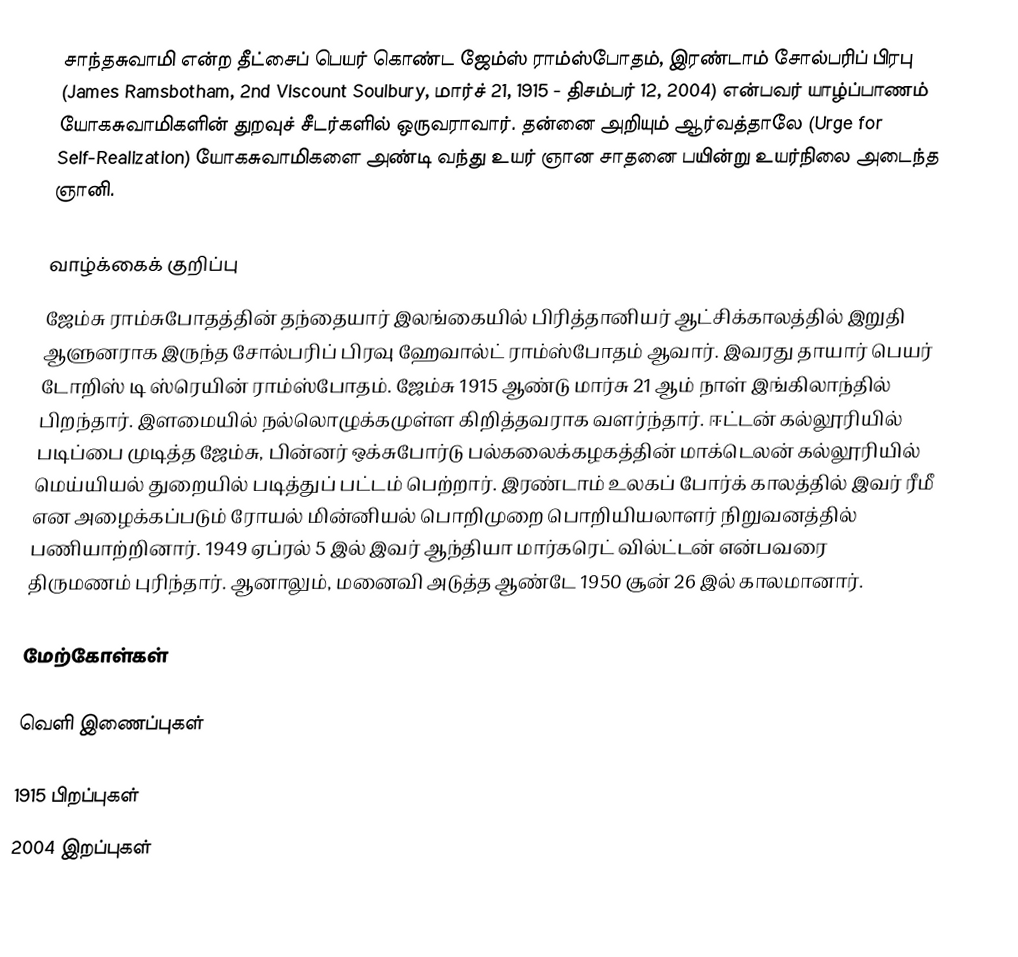
சாந்தசுவாமி என்ற தீட்சைப் பெயர் கொண்ட ஜேம்ஸ் ராம்ஸ்போதம், இரண்டாம் சோல்பரிப் பிரபு (James Ramsbotham, 2nd Viscount Soulbury, மார்ச் 21, 1915 - திசம்பர் 12, 2004) என்பவர் யாழ்ப்பாணம் யோகசுவாமிகளின் துறவுச் சீடர்களில் ஒருவராவார். தன்னை அறியும் ஆர்வத்தாலே (Urge for Self-Realization) யோகசுவாமிகளை அண்டி வந்து உயர் ஞான சாதனை பயின்று உயர்நிலை அடைந்த ஞானி.

வாழ்க்கைக் குறிப்பு
ஜேம்சு ராம்சுபோதத்தின் தந்தையார் இலங்கையில் பிரித்தானியர் ஆட்சிக்காலத்தில் இறுதி ஆளுனராக இருந்த சோல்பரிப் பிரவு ஹேவால்ட் ராம்ஸ்போதம் ஆவார். இவரது தாயார் பெயர் டோறிஸ் டி ஸ்ரெயின் ராம்ஸ்போதம். ஜேம்சு 1915 ஆண்டு மார்சு 21 ஆம் நாள் இங்கிலாந்தில் பிறந்தார். இளமையில் நல்லொழுக்கமுள்ள கிறித்தவராக வளர்ந்தார். ஈட்டன் கல்லூரியில் படிப்பை முடித்த ஜேம்சு, பின்னர் ஒக்சுபோர்டு பல்கலைக்கழகத்தின் மாக்டெலன் கல்லூரியில் மெய்யியல் துறையில் படித்துப் பட்டம் பெற்றார். இரண்டாம் உலகப் போர்க் காலத்தில் இவர் ரீமீ என அழைக்கப்படும் ரோயல் மின்னியல் பொறிமுறை பொறியியலாளர் நிறுவனத்தில் பணியாற்றினார். 1949 ஏப்ரல் 5 இல் இவர் ஆந்தியா மார்கரெட் வில்ட்டன் என்பவரை திருமணம் புரிந்தார். ஆனாலும், மனைவி அடுத்த ஆண்டே 1950 சூன் 26 இல் காலமானார்.

மேற்கோள்கள்

வெளி இணைப்புகள்

1915 பிறப்புகள்
2004 இறப்புகள்